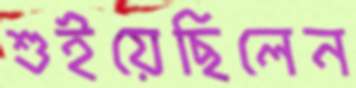
শুইয়েছিলেন